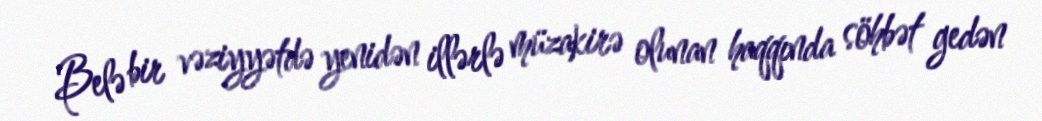
Belə bir vəziyyətdə yenidən illərlə müzakirə olunan haqqında söhbət gedən